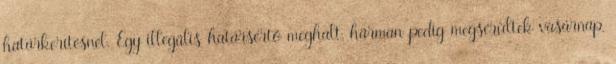
határkerítésnél. Egy illegális határsértő meghalt, hárman pedig megsérültek vasárnap,